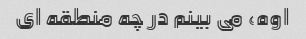
اوه، می بینم در چه منطقه ای